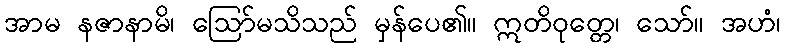
အာမ နဇာနာမိ၊ ဩော်မသိသည် မှန်ပေ၏။ ဣတိဝုတ္တေ၊ သော်။ အဟံ၊